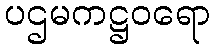
ပဌမကဋ္ဌဝရော